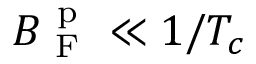
B _ { \mathrm { ~ F ~ } } ^ { \mathrm { ~ p ~ } } \ll 1 / T _ { c }